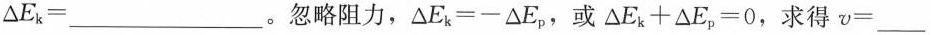
$$\Delta E_{k}=___$$。忽略阻力，$$\Delta E_{k}=-\Delta E_{p}$$，或$$\Delta E_{k}+\Delta E_{p}=0$$，求得$$v=____$$